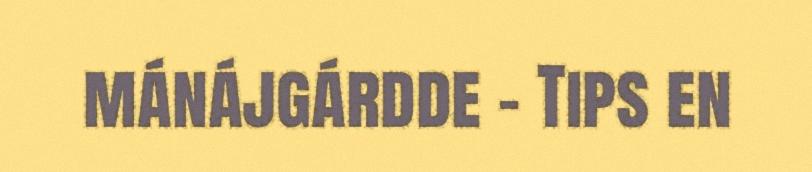
mánájgárdde - Tips en